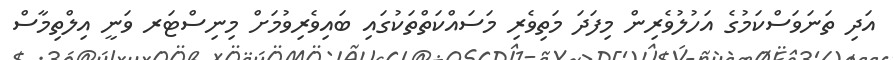
އަދި ތަނަވަސްކަމުގެ އަހުލުވެރިން މިފަދަ މަތިވެރި މަސައްކަތްތަކުގައި ބައިވެރިވުމަށް މިނިސްޓަރ ވަނީ އިލްތިމާސް